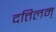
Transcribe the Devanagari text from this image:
दत्तिलम्‌